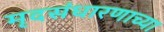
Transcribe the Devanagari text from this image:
मृदसंधारणाच्या